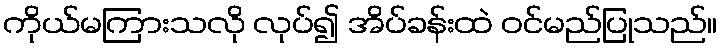
ကိုယ်မကြားသလို လုပ်၍ အိပ်ခန်းထဲ ဝင်မည်ပြုသည်။